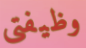
وظيفتى